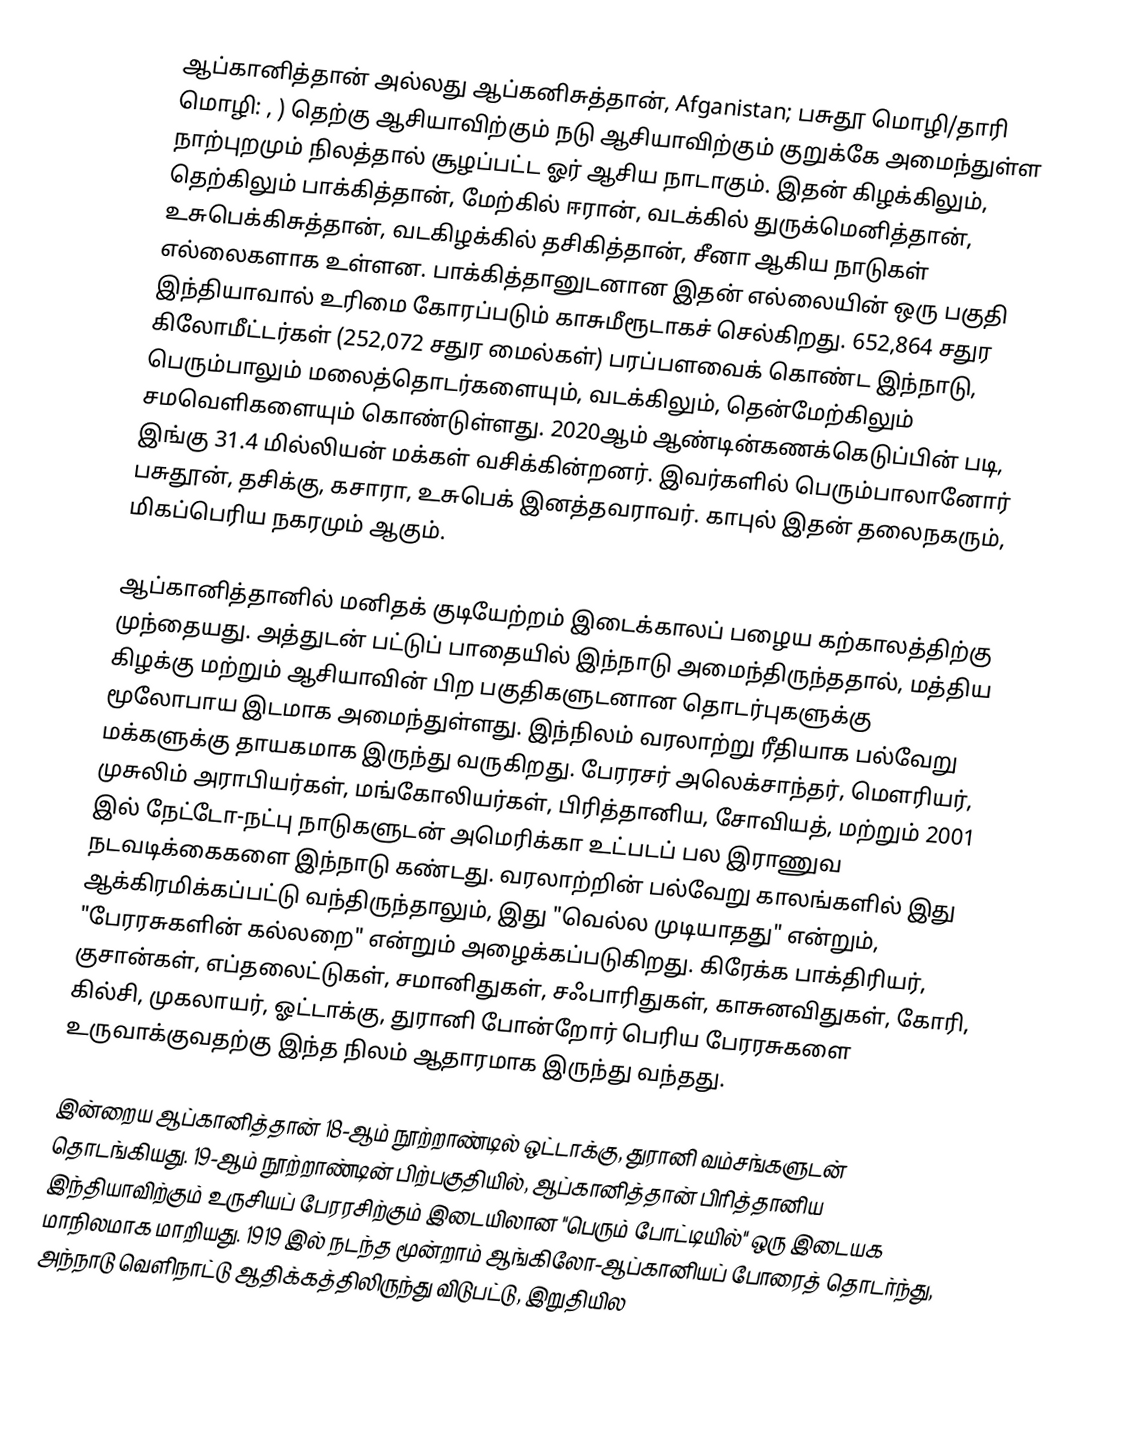
ஆப்கானித்தான் அல்லது ஆப்கனிசுத்தான், Afganistan; பசுதூ மொழி/தாரி மொழி: , ) தெற்கு ஆசியாவிற்கும் நடு ஆசியாவிற்கும் குறுக்கே அமைந்துள்ள நாற்புறமும் நிலத்தால் சூழப்பட்ட ஓர் ஆசிய நாடாகும். இதன் கிழக்கிலும், தெற்கிலும் பாக்கித்தான், மேற்கில் ஈரான், வடக்கில் துருக்மெனித்தான், உசுபெக்கிசுத்தான், வடகிழக்கில் தசிகித்தான், சீனா ஆகிய நாடுகள் எல்லைகளாக உள்ளன. பாக்கித்தானுடனான இதன் எல்லையின் ஒரு பகுதி இந்தியாவால் உரிமை கோரப்படும் காசுமீரூடாகச் செல்கிறது. 652,864 சதுர கிலோமீட்டர்கள் (252,072 சதுர மைல்கள்) பரப்பளவைக் கொண்ட இந்நாடு, பெரும்பாலும் மலைத்தொடர்களையும், வடக்கிலும், தென்மேற்கிலும் சமவெளிகளையும் கொண்டுள்ளது. 2020ஆம் ஆண்டின்கணக்கெடுப்பின் படி, இங்கு 31.4 மில்லியன் மக்கள் வசிக்கின்றனர். இவர்களில் பெரும்பாலானோர் பசுதூன், தசிக்கு, கசாரா, உசுபெக் இனத்தவராவர். காபுல் இதன் தலைநகரும், மிகப்பெரிய நகரமும் ஆகும்.

ஆப்கானித்தானில் மனிதக் குடியேற்றம் இடைக்காலப் பழைய கற்காலத்திற்கு முந்தையது. அத்துடன் பட்டுப் பாதையில் இந்நாடு அமைந்திருந்ததால், மத்திய கிழக்கு மற்றும் ஆசியாவின் பிற பகுதிகளுடனான தொடர்புகளுக்கு மூலோபாய இடமாக அமைந்துள்ளது. இந்நிலம் வரலாற்று ரீதியாக பல்வேறு மக்களுக்கு தாயகமாக இருந்து வருகிறது. பேரரசர் அலெக்சாந்தர், மௌரியர், முசுலிம் அராபியர்கள், மங்கோலியர்கள், பிரித்தானிய, சோவியத், மற்றும் 2001 இல் நேட்டோ-நட்பு நாடுகளுடன் அமெரிக்கா உட்படப் பல இராணுவ நடவடிக்கைகளை இந்நாடு கண்டது. வரலாற்றின் பல்வேறு காலங்களில் இது ஆக்கிரமிக்கப்பட்டு வந்திருந்தாலும், இது "வெல்ல முடியாதது" என்றும், "பேரரசுகளின் கல்லறை" என்றும் அழைக்கப்படுகிறது. கிரேக்க பாக்திரியர், குசான்கள், எப்தலைட்டுகள், சமானிதுகள், சஃபாரிதுகள், காசுனவிதுகள், கோரி, கில்சி, முகலாயர், ஓட்டாக்கு, துரானி போன்றோர் பெரிய பேரரசுகளை உருவாக்குவதற்கு இந்த நிலம் ஆதாரமாக இருந்து வந்தது.

இன்றைய ஆப்கானித்தான் 18-ஆம் நூற்றாண்டில் ஒட்டாக்கு, துரானி வம்சங்களுடன் தொடங்கியது. 19-ஆம் நூற்றாண்டின் பிற்பகுதியில், ஆப்கானித்தான் பிரித்தானிய இந்தியாவிற்கும் உருசியப் பேரரசிற்கும் இடையிலான "பெரும் போட்டியில்" ஒரு இடையக மாநிலமாக மாறியது. 1919 இல் நடந்த மூன்றாம் ஆங்கிலோ-ஆப்கானியப் போரைத் தொடர்ந்து, அந்நாடு வெளிநாட்டு ஆதிக்கத்திலிருந்து விடுபட்டு, இறுதியில